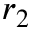
r _ { 2 }